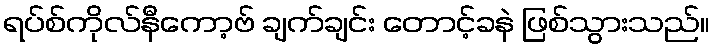
ရပ်စ်ကိုလ်နီကော့ဗ် ချက်ချင်း တောင့်ခနဲ ဖြစ်သွားသည်။